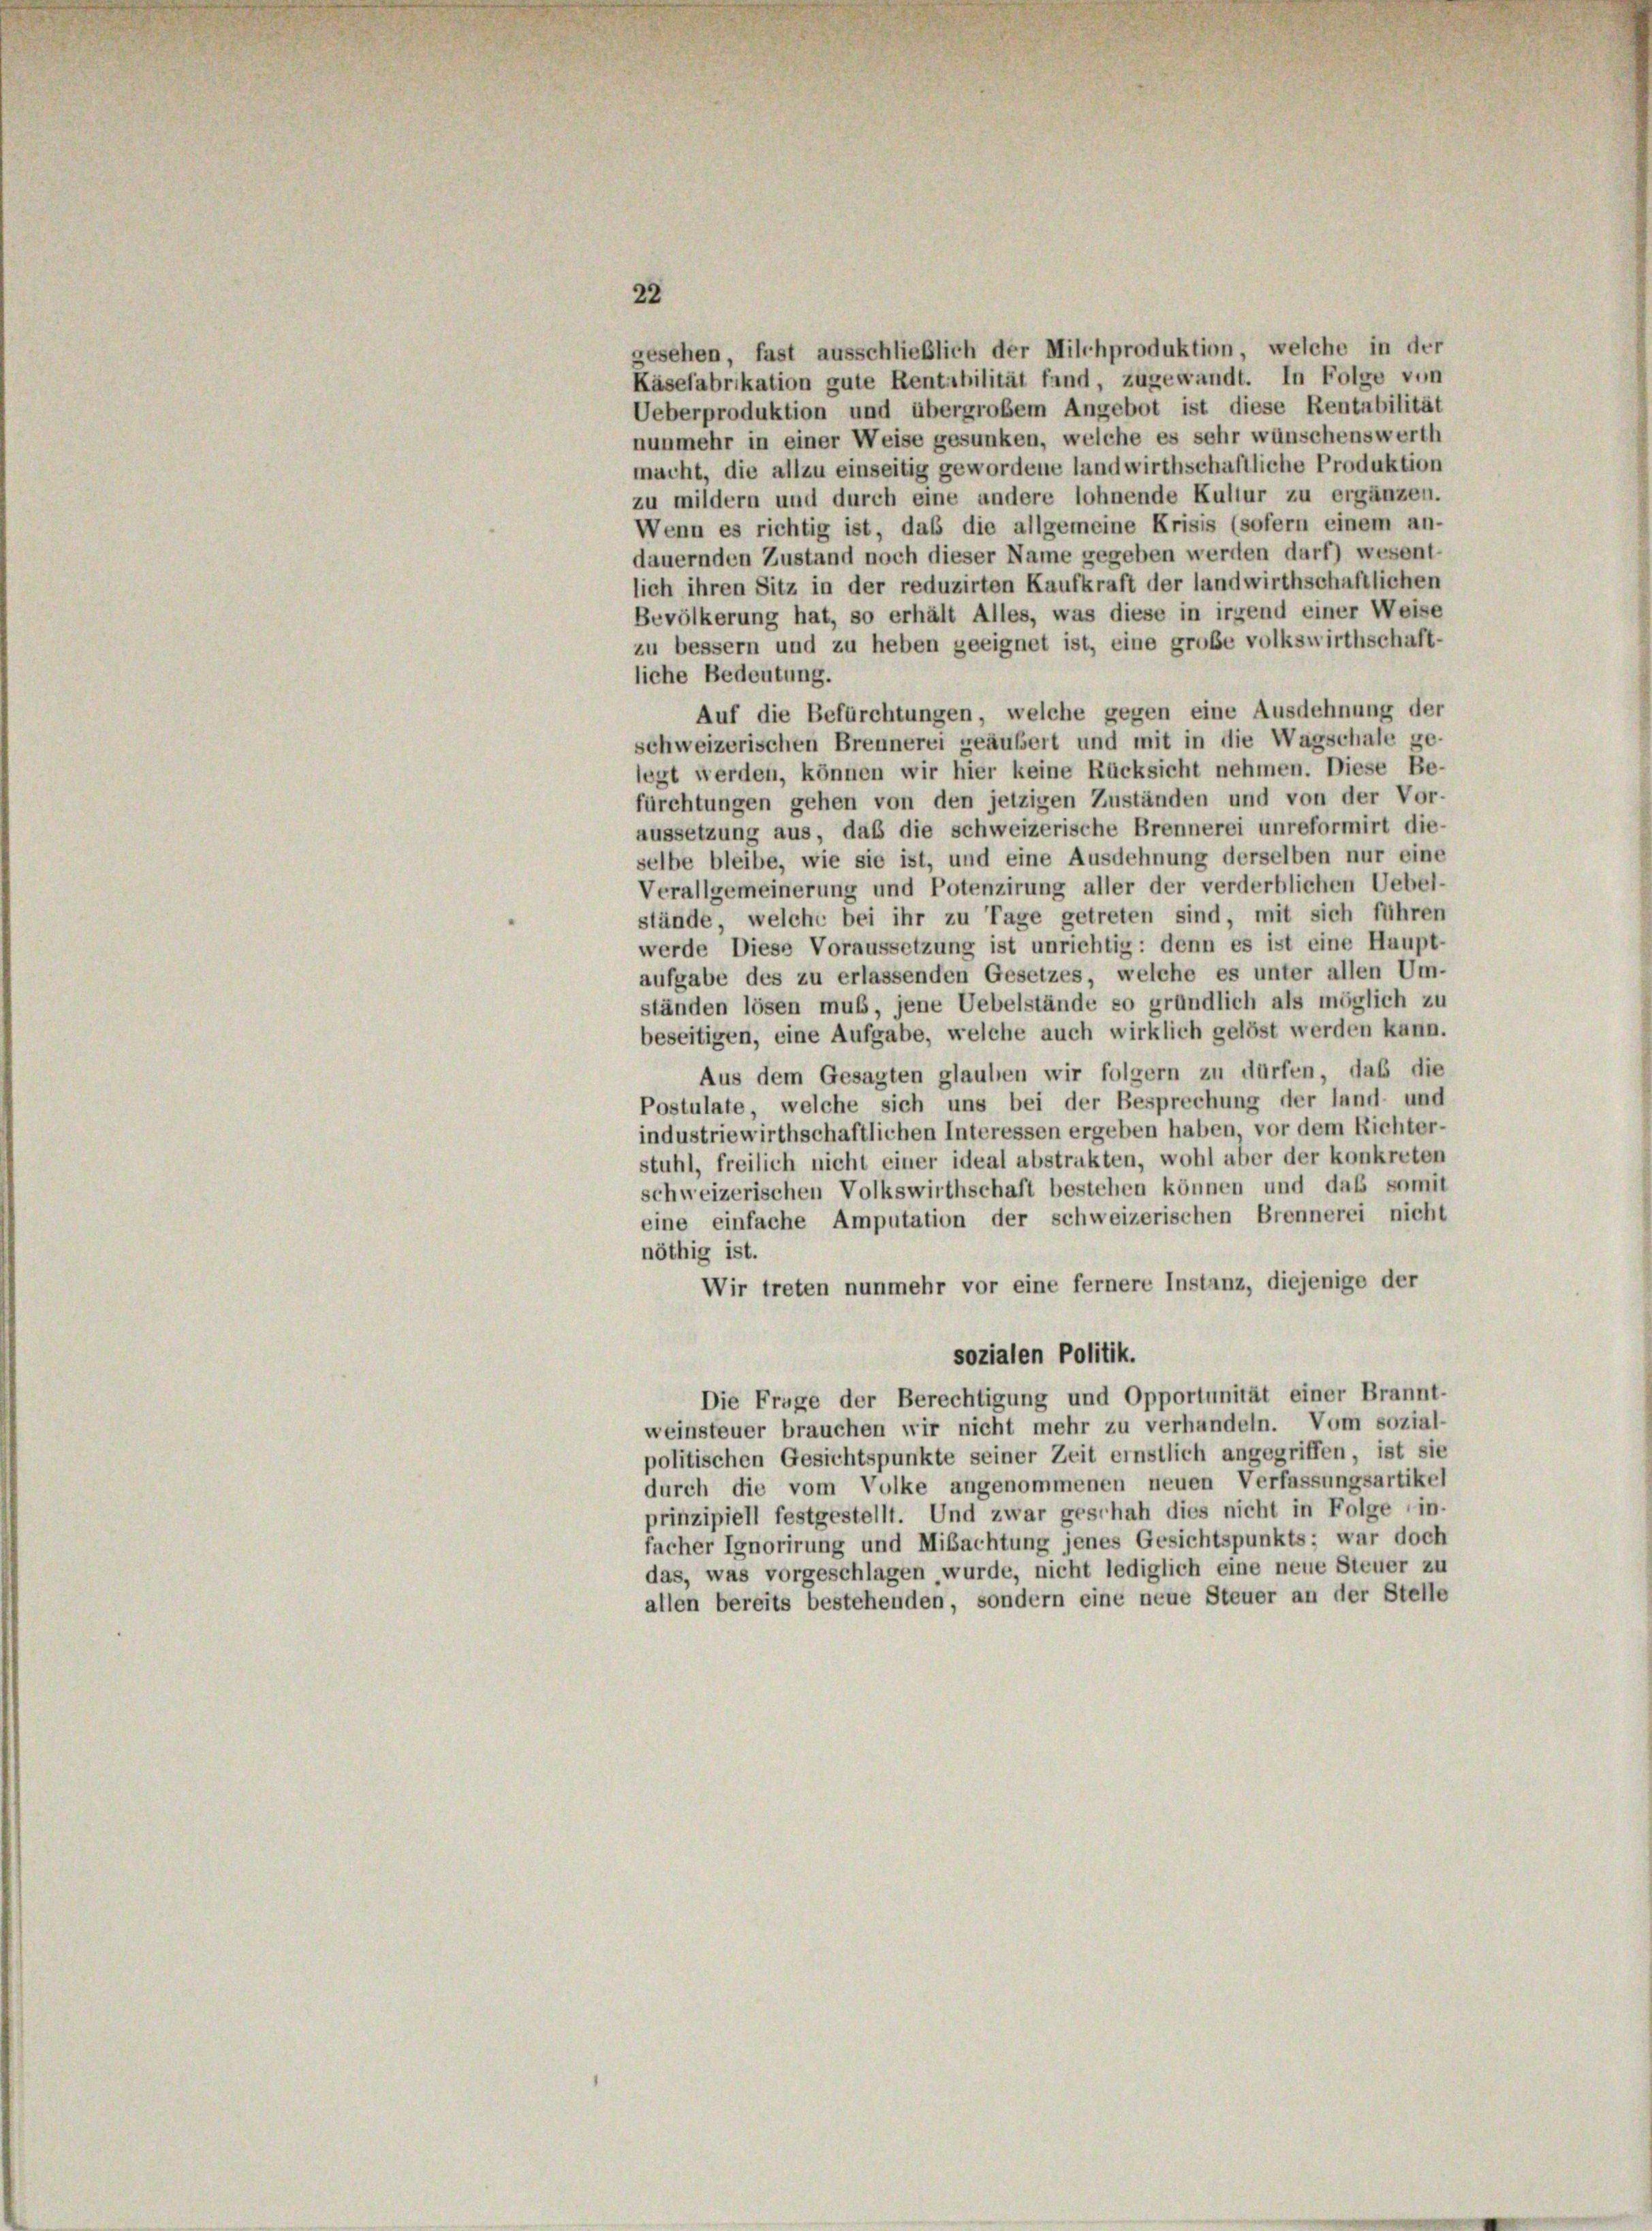
22
gesehen, fast ausschließlich der Milchproduktion, welche in der
Käsefabrikation gute Rentabilität fand, zugewandt. In Folge von
Ueberproduktion und übergroßem Angebot ist diese Rentabilität
nunmehr in einer Weise gesunken, welche es sehr wünschenswerth
macht, die allzu einseitig gewordene landwirthschaftliche Produktion
zu mildern und durch eine andere lohnende Kultur zu ergänzen.
Wenn es richtig ist, daß die allgemeine Krisis (sofern einem an-
dauernden Zustand noch dieser Name gegeben werden darf) wesent-
lich ihren Sitz in der reduzirten Kaufkraft der landwirthschaftlichen
Bevölkerung hat, so erhält Alles, was diese in irgend einer Weise
zu bessern und zu heben geeignet ist, eine große volkswirthschaft-
liche Bedeutung.
Auf die Befürchtungen, welche gegen eine Ausdehnung der
schweizerischen Brennerei geäubert und mit in die Wagschale ge-
legt werden, können wir hier keine Rücksicht nehmen. Diese Be-
fürchtungen gehen von den jetzigen Zuständen und von der Vor-
aussetzung aus, daß die schweizerische Brennerei unreformirt die-
selbe bleibe, wie sie ist, und eine Ausdehnung derselben nur eine
Verallgemeinerung und Potenzirung aller der verderblichen Uebel-
stände, welche bei ihr zu Tage getreten sind, mit sich führen
werde Diese Voraussetzung ist unrichtig: denn es ist eine Haupt-
aufgabe des zu erlassenden Gesetzes, welche es unter allen Um-
ständen lösen muß, jene Uebelstände so gründlich als möglich zu
beseitigen, eine Aufgabe, welche auch wirklich gelöst werden kann.
Aus dem Gesagten glauben wir folgern zu dürfen, daß die
Postulate, welche sich uns bei der Besprechung der land- und
industriewirthschaftlichen Interessen ergeben haben, vor dem Richter-
stuhl, freilich nicht einer ideal abstrakten, wohl aber der konkreten
schweizerischen Volkswirthschaft bestehen können und das somit
eine einfache Amputation der schweizerischen Brennerei nicht
nöthig ist.
Wir treten nunmehr vor eine fernere Instanz, diejenige der
sozialen Politik.
Die Frage der Berechtigung und Opportunität einer Brannt-
weinsteuer brauchen wir nicht mehr zu verhandeln. Vom sozial-
politischen Gesichtspunkte seiner Zeit ernstlich angegriffen, ist sie
durch die vom Volke angenommenen neuen Verfassungsartikel
prinzipiell festgestellt. Und zwar geschah dies nicht in Folge in-
facher Ignorirung und Mibachtung jenes Gesichtspunkts; war doch
das, was vorgeschlagen wurde, nicht lediglich eine neue Steuer zu
allen bereits bestehenden, sondern eine neue Steuer an der Stelle